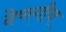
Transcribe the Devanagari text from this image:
देणगीच